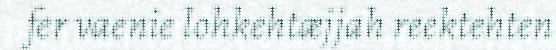
fer vaenie lohkehtæjjah reektehten